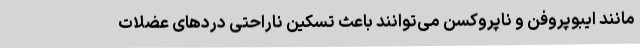
مانند ایبوپروفن و ناپروکسن می‌توانند باعث تسکین ناراحتی دردهای عضلات